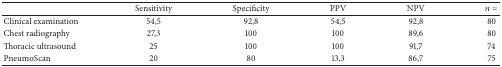
|  | Sensitivity | Specificity | PPV | NPV | n = |
 | --- | --- | --- | --- | --- | --- |
 | Clinical examination | 54,5 | 92,8 | 54,5 | 92,8 | 80 |
 | Chest radiography | 27,3 | 100 | 100 | 89,6 | 80 |
 | Thoracic ultrasound | 25 | 100 | 100 | 91,7 | 74 |
 | PneumoScan | 20 | 80 | 13,3 | 86,7 | 75 |